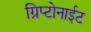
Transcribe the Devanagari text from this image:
ग्रिप्टोनाईट